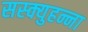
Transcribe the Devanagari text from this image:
सस्क्युहन्ना